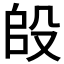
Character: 𭮫